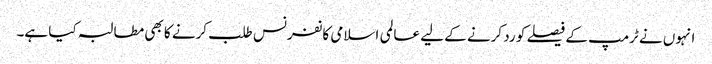
انہوں نے ٹرمپ کے فیصلے کو رد کرنے کے لیے عالمی اسلامی کانفرنس طلب کرنے کا بھی مطالبہ کیا ہے۔